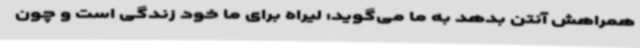
همراهش آنتن بدهد به ما می‌گوید: لیراه برای ما خود زندگی است و چون